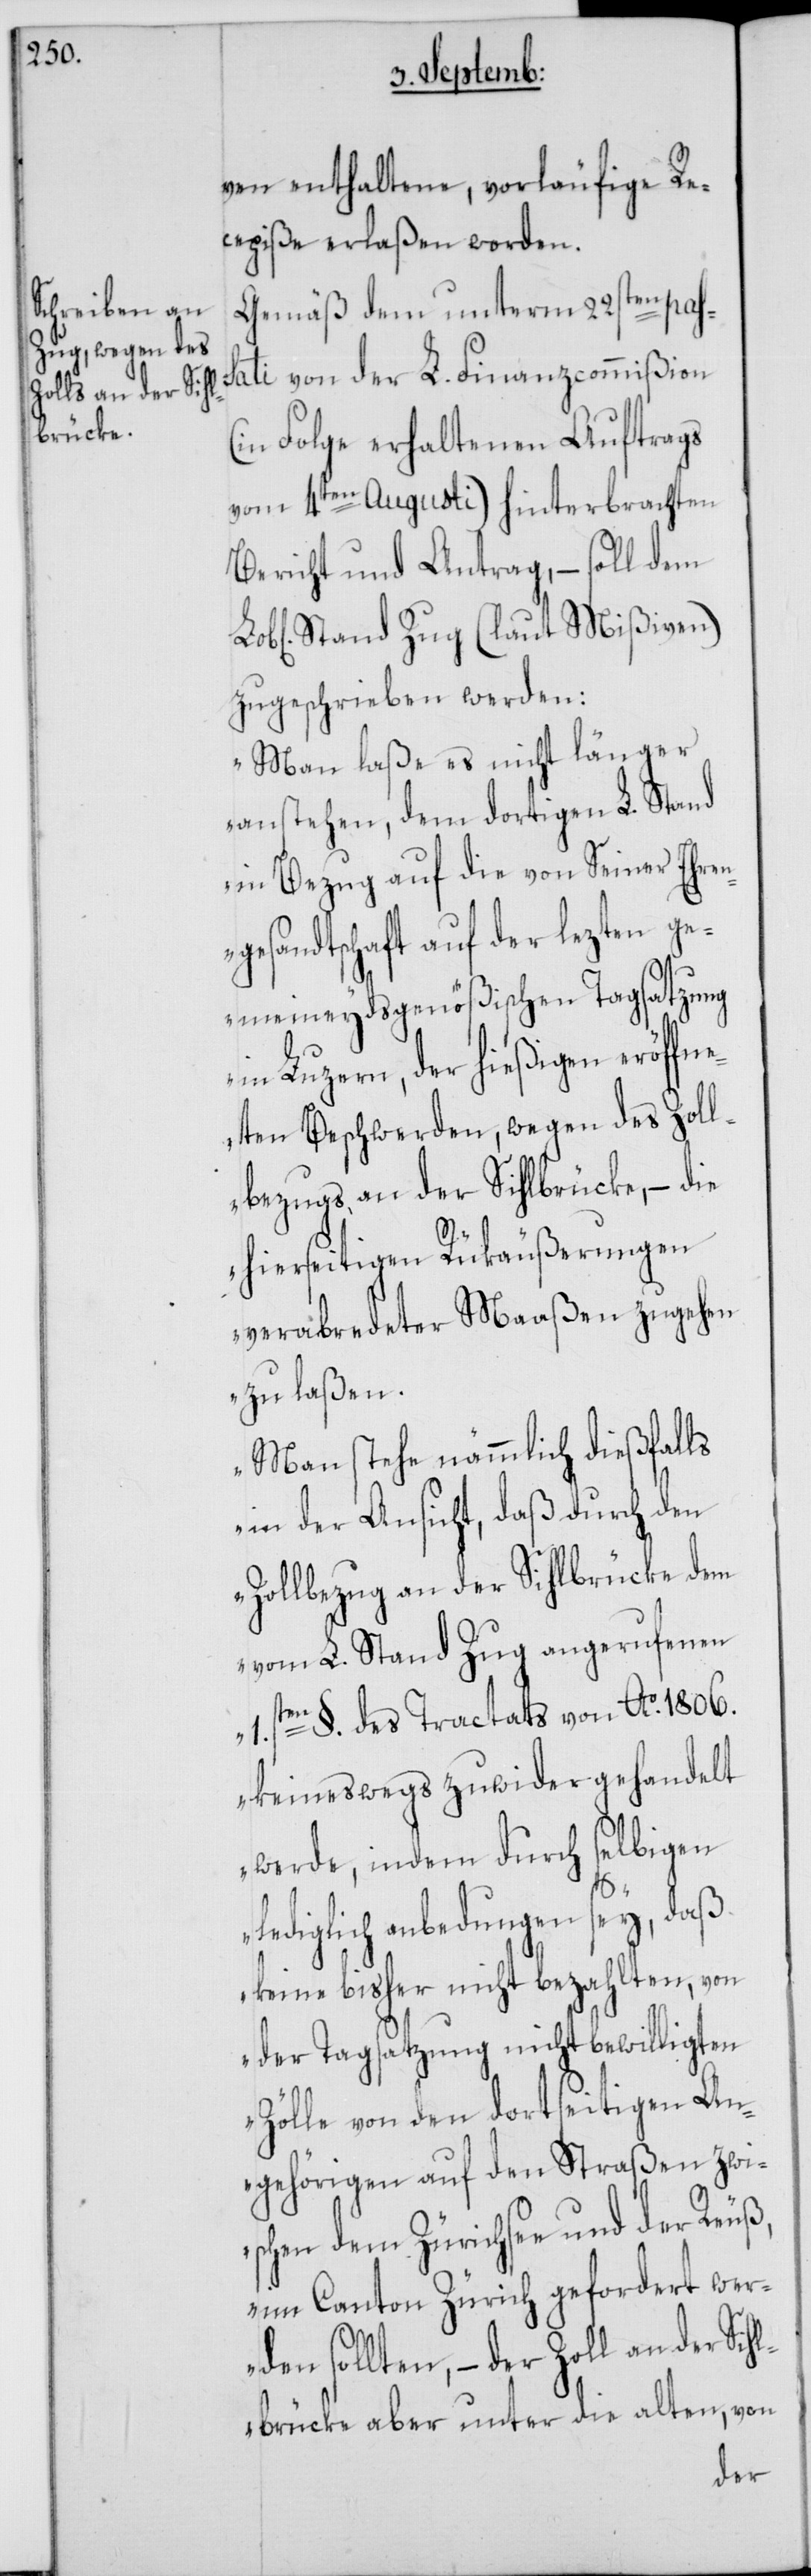
ven enthaltene, vorläufige Re¬
cepiße erlaßen worden.
Gemäß dem unterm 22sten pas¬
sati von der L. Finanzcommißion
(in Folge erhaltenen Auftrags
vom 4ten Augusti) hinterbrachten
Bericht und Antrag, – soll dem
Stand Zug (laut Mißiven)
zugeschrieben werden:
„Man laße es nicht länger
anstehen, dem dortigen L. Stand
in Bezug auf die von Seiner Ehren¬
gesandtschaft auf der lezten ge¬
meineydsgenößischen Tagsatzung
in Luzern, der hießigen eröffn¬
eten Beschwerden, wegen des Zoll¬
bezugs an der Sihlbrücke, – die
hierseitigen Rükäußerungen
verabredeter Maaßen zugehen
zu laßen.
Man stehe nämmlich dießfalls
in der Ansicht, daß durch den
Zollbezug an der Sihlbrücke dem
vom L. Stand Zug angerufenen
1sten. §. des Tractats von Ao. 1806.
keineswegs zuwider gehandelt
werde, indem durch selbigen
lediglich anbedungen sey, daß
keine bisher nicht bezahlten, von
der Tagsatzung nicht bewilligten
Zölle von den dortseitigen An¬
gehörigen auf den Straßen zwi¬
schen dem Zürichsee und der Reuß,
im Canton Zürich gefordert wer¬
den sollten, – der Zoll an der Sih¬
lbrücke aber unter die alten, von